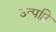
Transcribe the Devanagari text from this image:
उत्पप्ति